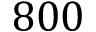
8 0 0